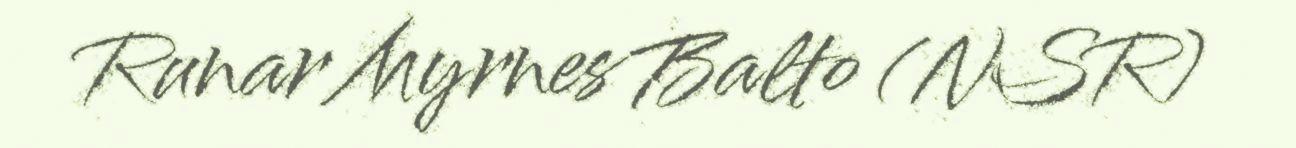
Runar Myrnes Balto (NSR)